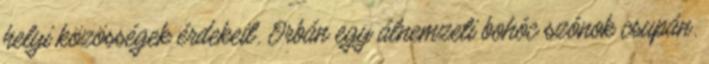
helyi közösségek érdekeit. Orbán egy álnemzeti bohóc szónok csupán.